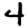
Digit: 4